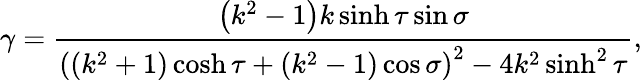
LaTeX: \gamma=\frac{\left(k^{2}-1\right)k\sinh\tau\sin\sigma}{\left((k^{2}+1)\cosh\tau+(k^{2}-1)\cos\sigma\right)^{2}-4k^{2}\sinh^{2}\tau},